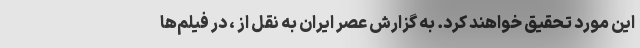
این مورد تحقیق خواهند کرد. به گزارش عصر ایران به نقل از ، در فیلم‌ها